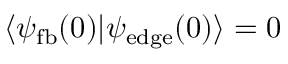
\langle \psi _ { \mathrm { f b } } ( 0 ) | \psi _ { \mathrm { e d g e } } ( 0 ) \rangle = 0